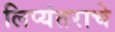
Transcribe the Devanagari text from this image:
लिप्यंतराचे